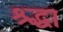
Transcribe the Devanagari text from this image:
श्र्द्धा